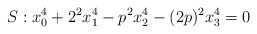
\begin{align*} S: x_0^4 + 2^2x_1^4 - p^2 x_2^4 - (2p)^2x_3^4 = 0\end{align*}